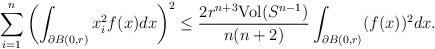
LaTeX: \begin{align*}\sum_{i=1}^{n}\left(\int_{\partial B(0,r)}x_{i}^{2}f(x)dx\right)^{2}\leq \frac{2r^{n+3}\mathrm{Vol}(S^{n-1})}{n(n+2)}\int_{\partial B(0,r)}(f(x))^{2}dx.\end{align*}